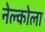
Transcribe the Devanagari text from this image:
नेल्कोला